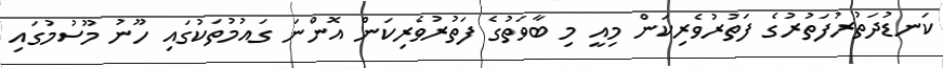
ކަނޑުދަތުރުފަތުރުގެ ފަތުރުވެރިކަން މިއީ މި ބާވަތުގެ ފަތުރުވެރިކަން އޮންނަ ގައުމުތަކުގައި ހޫނު މޫސުމުގައި